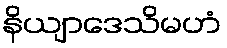
နိယျာဒေသိမဟံ